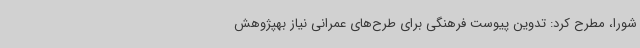
شورا، مطرح کرد: تدوین پیوست فرهنگی برای طرح‌های عمرانی نیاز بهپژوهش